Punjab Mental Hospital Lahore 1922-31 - 1922-1931
Year: 1922
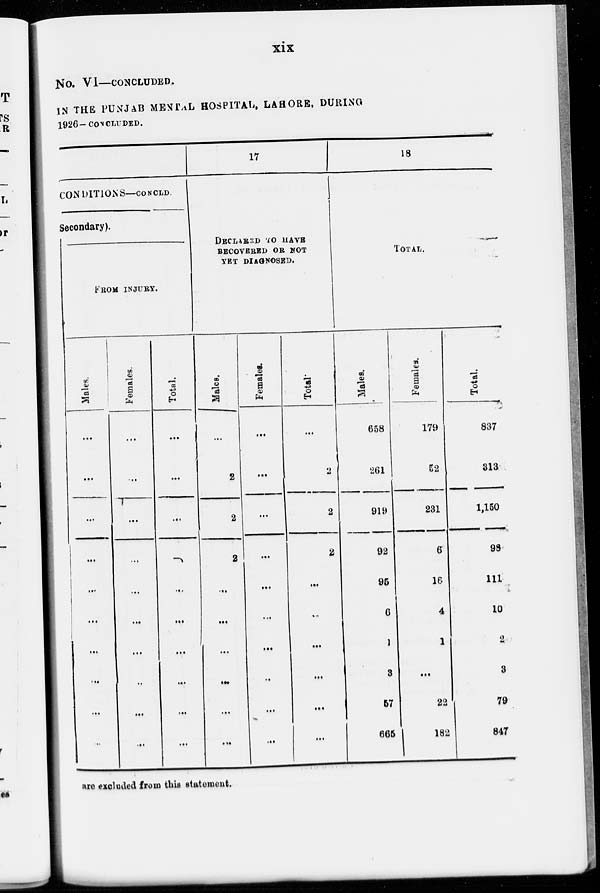
xix
No. VI—CONCLUDED,
IN THE PUNJAB MENTAL HOSPITAL, LAHORE, DURING
1926-CONCLUDED.
CONDITIONS—CONCLD
Secondary).
FROM INJURY.
Males.
...
...
...
...
...
...
...
...
...
...
Females.
...
...
...
...
...
...
...
...
...
...
Total.
...
...
...
...
...
...
...
...
...
...
17
DECLARED TO HAVE
RECOVERED OR NOT
TBI DIAGNOSED.
Males.
...
2
2
2
...
...
...
...
...
...
Females.
...
...
...
...
...
...
...
...
...
...
Total.
...
2
2
2
...
...
...
...
...
...
18
TOTAL.
Males.
658
261
919
92
95
6
1
3
67
665
Females.
179
52
231
6
16
4
1
...
22
182
Total.
837
313
1,150
98
111
10
2
3
79
847
are excluded from this statement.